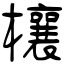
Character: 欀